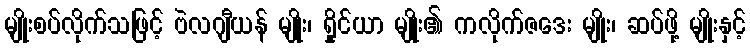
မျိုးစပ်လိုက်သဖြင့် ဗဲလဂျီယန် မျိုး၊ ရှိုင်ယာ မျိုး၏ ကလိုက်ဇဒေး မျိုး၊ ဆပ်ဖို့ မျိုးနှင့်